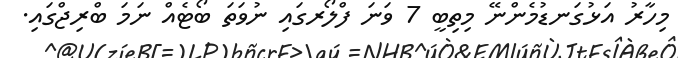
މިހާރު އަޅުގަނޑުމެންނޭ މިތިބީ 7 ވަނަ ފްލޯރގައި ނުވަތަ ބޯޓެއް ނަމަ ބްރިޖްގައި.